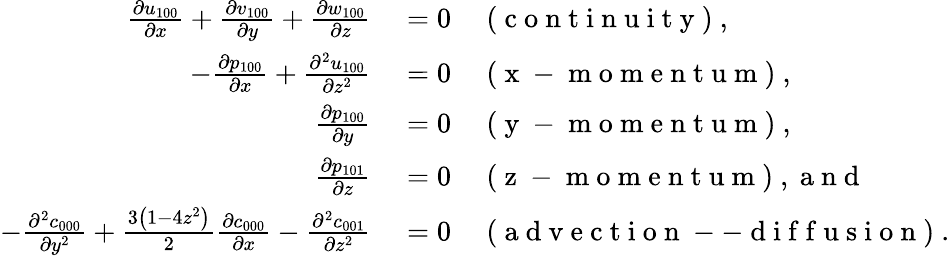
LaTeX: \begin{array}{rl}{\frac{\partial u_{100}}{\partial x}+\frac{\partial v_{100}}{\partial y}+\frac{\partial w_{100}}{\partial z}}&{{}=0\quad\mathrm{~(~c~o~n~t~i~n~u~i~t~y~)~,~}}\\ {-\frac{\partial p_{100}}{\partial x}+\frac{\partial^{2}u_{100}}{\partial z^{2}}}&{{}=0\quad\mathrm{~(~x~-~m~o~m~e~n~t~u~m~)~,~}}\\ {\frac{\partial p_{100}}{\partial y}}&{{}=0\quad\mathrm{~(~y~-~m~o~m~e~n~t~u~m~)~,~}}\\ {\frac{\partial p_{101}}{\partial z}}&{{}=0\quad\mathrm{~(~z~-~m~o~m~e~n~t~u~m~)~,~a~n~d~}}\\ {-\frac{\partial^{2}c_{000}}{\partial y^{2}}+\frac{3\left(1-4z^{2}\right)}{2}\frac{\partial c_{000}}{\partial x}-\frac{\partial^{2}c_{001}}{\partial z^{2}}}&{{}=0\quad{\mathrm{~(~a~d~v~e~c~t~i~o~n~--~d~i~f~f~u~s~i~o~n~)~}}.}\end{array}